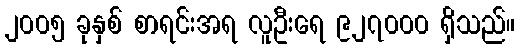
၂၀၀၅ ခုနှစ် စာရင်းအရ လူဦးရေ ၉၂၇၀၀၀ ရှိသည်။